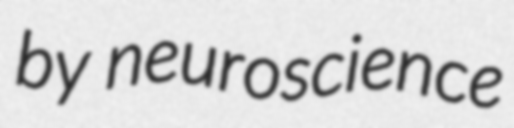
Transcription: by neuroscience